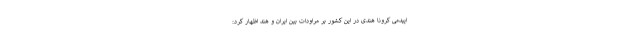
اپیدمی کرونا هندی در این کشور بر مراودات بین ایران و هند اظهار کرد: